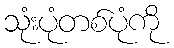
သုံးပုံတစ်ပုံကို